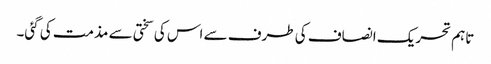
تاہم تحریک انصاف کی طرف سے اس کی سختی سے مذمت کی گئی۔